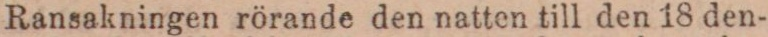
Ransakningen rörande den natten till den 18 den-